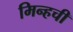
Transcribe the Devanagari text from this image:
मिन्हची